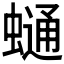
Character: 𧐺